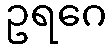
ဥရဂေ